Vaccination in the Punjab 1897-1904 - 1897-1904
Year: 1897
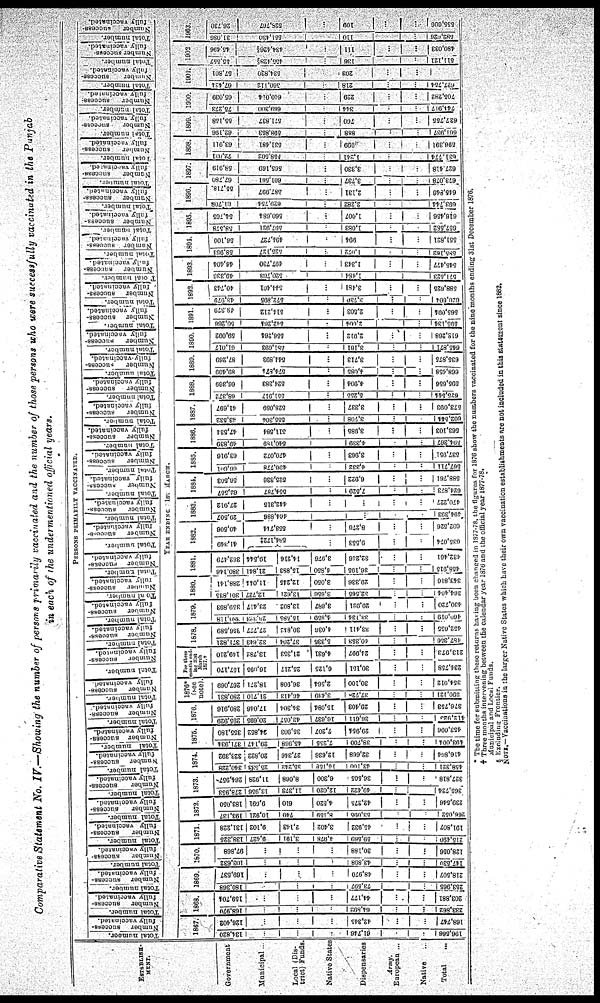
Comparative Statement No. IV.—Showing the number of persons primarily vaccinated and the number of those persons who were successfully vaccinated in the Punjab
in each of the undermentioned official years.
ESTABLISH¬
MENT.
Government ...
Municipal ...
Local (Dis-
trict) Funds.
Native States ...
Dispensaries ...
Army.
European ...
Native ...
Total ...
PERSONS PRIMARILY VACCINATED.
Total number.
Number
success-
fully vaccinated.
Total number.
Number
success-
fully vaccinated.
Total number.
Number
success-
fully vaccinated.
Total number.
Number
success-
fully vaccinated.
Total number.
Number
success-
fully vaccinated.
Total number.
Number
success¬
fully
vaccinated.
Total number.
Number
success¬
fully
vaccinated.
Total
number.
Number
success¬
fully
vaccinated.
Total
number.
Number
success¬
fully
vaccinated.
Total number.
Number
success¬
fully
vaccinated.
Total number.
Number
success¬
fully
vaccinated.
Total number.
Number
success-
fully vaccinated.
Total number.
Number
success¬
fully
vaccinated.
Total number.
Number
success¬
fully vaccinated.
Total number.
Number
success-
fully vaccinated.
Total number.
Number
success¬
fully vaccinated.
Total number.
Number
success¬
fully vaccinated.
Total number.
Number
success-
fully vaccinated.
Total number.
Number
success¬
fully
vaccinated.
Total
number.
Number
success¬
fully
vaccinated.
Total number.
Number
success-
fully vaccinated.
Total number.
Number
success-
fully vaccinated.
Total number.
Number
success-
fully vaccinated.
Total number.
Number
success¬
fully vaccinated.
Total number.
Number
success¬
fully vaccinated.
Total number.
Number
success-
fully vaccinated.
Total number.
Number
success-
fully vaccinated.
Total number.
Number
success-
fully vaccinated.
Total number.
Number success-
fully vaccinated.
Total number.
Number success-
fully vaccinated.
Total
number.
Number success¬
fully vaccinated.
Total number.
Number
success-
fully vaccinated.
Total number.
Number
success-
fully vaccinated.
Total number.
Number
success-
fully vaccinated.
Total number.
Number
success-
fully vaccinated.
Total number.
Number
success-
fully vaccinated.
Total number.
Number success¬
fully vaccinated.
Total number.
Number
success¬
fully vaccinated.
YEAR ENDING 31ST MARCH.
1867.
134,820
...
...
...
61,746
...
...
196,566
126,402
...
...
...
42,345
...
...
168,747
1868.
168,970
...
...
...
64,892
...
...
233,862
159,704
...
...
...
44,177
...
...
203,881
1869.
180,368
...
...
...
73,597
...
...
253,965
169,537
...
...
...
48,970
...
...
218,507
1870.
103,632
...
...
...
43,898
...
...
147,530
97,868
...
...
...
30,188
...
...
128,056
1871.
138,325
9,427
3,191
4,978
59,569
...
...
215,490
131,228
9,102
2,143
3,402
45,932
...
...
191,807
1872.
193,137
10,921
740
8,159
53,095
...
...
266,052
183,050
9,091
610
4,520
42,275
...
...
239,546
1873.
278,953
13,956
11,373
12,020
49,422
...
...
365,724
264,957
11,928
8,068
6,300
36,565
...
...
327,818
1874.
340,228
25,533
35,242
14‚158
43,166
...
...
458,321
323,392
20,822
27,346
12,636
32,668
...
...
416,864
1875.
371,934
29,147
45,968
7,255
38,700
...
...
493,004
355,180
24,852
35,903
7,207
29,954
...
...
453,096
1876.
295,929
20,695
43,057
16,637
36,611
...
...
412‚923
280,916
17,046
34,304
15,084
29,403
...
...
376,753
1876*
(see
note).
280,831
21,710
46,413
3,439
37,728
...
...
390,121
267,069
18,271
36,908
2,564
30,100
...
...
354,912
For three
months end¬
ing 31st
March
1877.†
157,170
16,095
25,217
6,125
30,151
...
...
234,758
149,210
13,782
21,353
4,631
24,997
...
...
213,973
1878.
371,821
32,643
37,204
5,335
40,353
...
...
487,356
356,589
27,777
30,842
4,036
33,411
...
...
452,655
1879.
380,118
26,323
15,585
4,859
33,134
...
...
460,019
359,893
23,417
13,802
3,687
29,921
...
...
430,720
1880.
301,835
12,727
13,621
3,656
32,565
...
...
364,404
288,141
11,014
12,245
3,050
29,336
...
...
343,816
1881.
380,146
21,841
15,883
4,850
36,195
...
...
458,915
362,479
19,544
14,216
3,976
32,246
...
...
432,461
1882.
41,349
584,172‡
...
9,553
...
...
635,074
40,506
553,744
...
8,276
...
...
602,526
1883.
29,507
464,886
...
...
...
...
494,393
27,912
442,315
...
...
...
...
470,227
1884.
62,557
554,787
...
7,529
...
...
624,873
56,503
525,336
...
6,922
...
...
588,761
1885.
66,601
496,778
...
4,332
...
...
567,711
63,916
470,072
...
3,963
...
...
537,951
1886.
49,839
540,189
...
4,339
...
...
594,367
47,534
511,584
...
3,985
...
...
563,103
1887.
43,532
555,304
...
3,708
...
...
602,544
41,697
528,059
...
3,337
...
...
573,093
1888.
68,372
551,917
...
5,255
...
...
625,544
66,369
524,383
...
4,904
...
...
595,656
1889.
89,499
574,874
...
4,085
...
...
668,458
87,269
544,893
...
3,713
...
...
635,875
1890.
61,017
581,693
...
3,161
...
...
645,871
59,092
556,264
...
2,912
...
...
618,268
1891.
60,266
542,264
...
2,004
...
...
595,134
48,379
514,212
...
2,503
...
...
565,094
1892.
43,979
572,895
...
3,730
...
...
620,604
40,743
544,401
...
3,481
...
...
588,625
1893.
49,336
520,703
...
1,484
...
...
571,523
46,404
497,730
...
1,343
...
...
545,477
1894.
58,963
525,127
...
1,072
...
...
585,162
56,100
494,727
...
994
...
...
551,821
1895.
58,578
597,921
...
1,083
...
...
657,582
54,765
560,684
...
1,007
...
...
616,456
1896.
61,708
629,754
...
2,282
...
...
693,744
55,718.
587,997
...
2,131
...
...
645,846
1897.
67,780
601,561
...
3,737
...
...
673,078
58,919
565,169
...
3,330
...
...
627,418
1898.
72,031
558,502
...
1,241
...
...
631,774
63,911
531,481
...
999
...
...
596,391
1899.
62,196
598,853
...
888
...
...
661,937
55,158
571,837
...
760
...
...
627,755
1900.
75,273
669,300
...
344
...
...
744,917
65,039
640,014
...
229
...
...
705,282
1901.
67,424
560,112
...
218
...
...
627‚754
57,801
534,820
...
203
...
...
...
1902
55,557
455,428§
...
136
...
...
511,121
45,496
434,426§
...
111
...
...
480,033
1903.
31,086
551,430
...
110
...
...
582,626
26,730
528,767
...
109
...
...
555,606
* The time for submitting these returns having been changed in 1877-78, the figures for 1876 show the numbers vaccinated for the nine months ending 31st December 1876.
† Three months intervening between the calendar year 1876 and the official year 1877-78.
Municipal and Local Funds.
§ Excluding Frontier.
NOTE.—Vaccinations in the larger Native States which have their own vaccination establishments are not included in this statement since 1882.